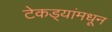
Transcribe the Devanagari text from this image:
टेकड्यांमधून